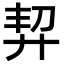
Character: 𢍆